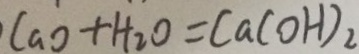
C a O + H _ { 2 } O = C a ( O H ) _ { 2 }